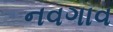
નવગાવ